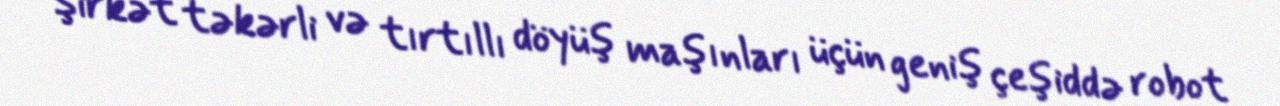
Şirkət təkərli və tırtıllı döyüş maşınları üçün geniş çeşiddə robot